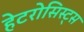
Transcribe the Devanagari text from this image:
हेटरोसिस्ट्स